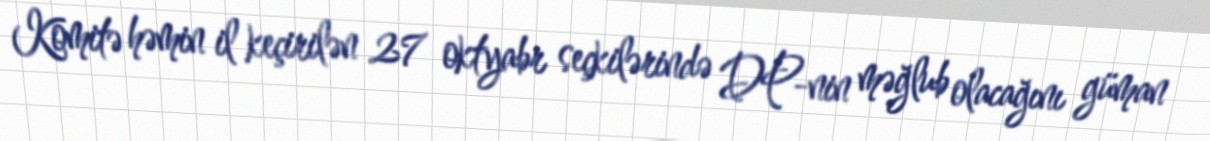
Komitə həmin il keçirilən 27 oktyabr seçkilərində DP-nin məğlub olacağını güman